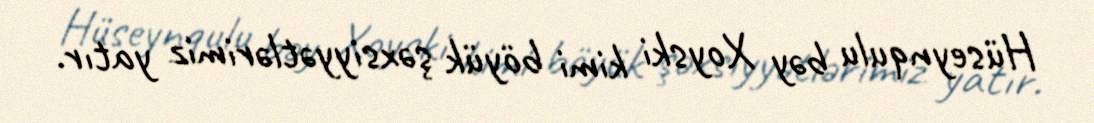
Hüseynqulu bəy Xoyski kimi böyük şəxsiyyətlərimiz yatır.